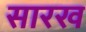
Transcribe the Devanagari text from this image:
सारख